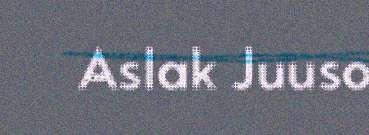
Aslak Juuso